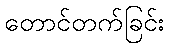
တောင်တက်ခြင်း